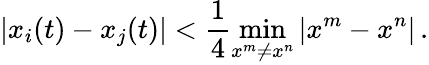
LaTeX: |x_{i}(t)-x_{j}(t)|<\frac{1}{4}\operatorname*{min}_{x^{m}\neq x^{n}}|x^{m}-x^{n}|\, .